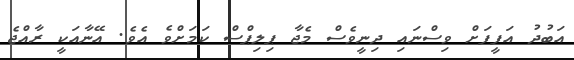
އަބުދު އަފީފަށް ވިސްނައި ދިނީވެސް މެޖާ ޕިލިޕްސް ކަމަށްވެ އެވެ. އޭނާއަކީ ރާއްޖެ